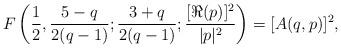
LaTeX: \begin{align*} F\left(\frac {1} {2},\frac {5-q} {2(q-1)}; \frac{3+q} {2(q-1)};\frac {[\Re(p)]^2} {|p|^2}\right)= [A(q,p)]^2,\end{align*}